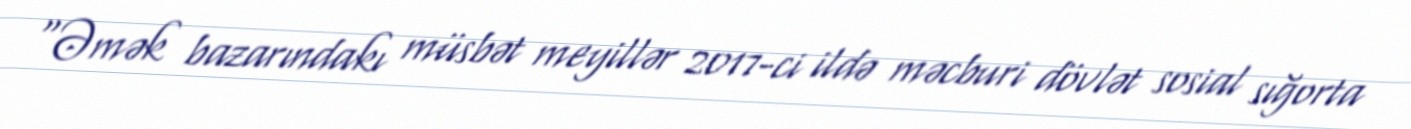
“Əmək bazarındakı müsbət meyillər 2017-ci ildə məcburi dövlət sosial sığorta